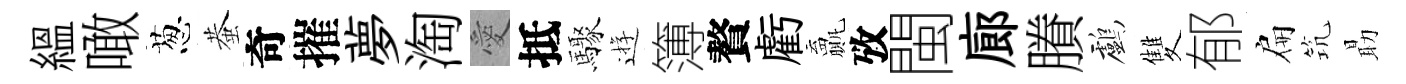
緼噉葱蛬奇摧夢淘愛抵驟逰簿贅虧贏攷閩廊賸鸕雙郁扁𥬑朂